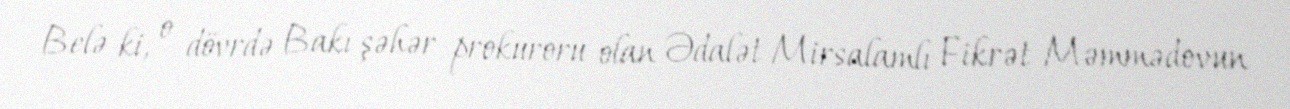
Belə ki, o dövrdə Bakı şəhər prokuroru olan Ədalət Mirsalamlı Fikrət Məmmədovun